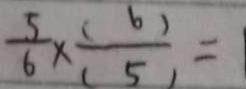
\frac { 5 } { 6 } \times \frac { ( 6 ) } { ( 5 ) } = 1